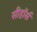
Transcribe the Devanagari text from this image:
सीहॉर्स